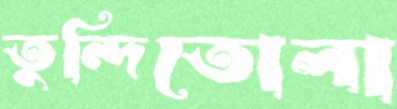
তুন্দিতোলা